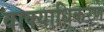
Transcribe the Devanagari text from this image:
वाक्याधिकरण